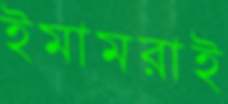
ইমামরাই